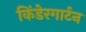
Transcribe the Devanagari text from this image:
किंडेरगार्टन